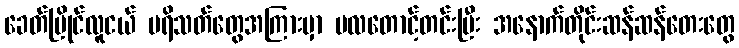
ခေတ်ပြိုင်လူငယ် ပရိသတ်တွေအကြားမှာ ဗလတောင့်တင်းပြီး အနောက်တိုင်းဆန်ဆန်တေးတွေ